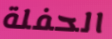
الحفلة